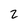
Character: 2